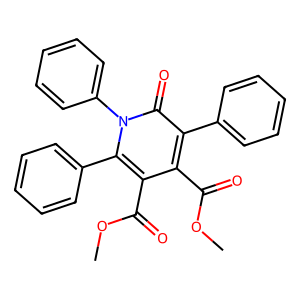
SMILES: COC(=O)c1c(C(=O)OC)c(-c2ccccc2)n(-c2ccccc2)c(=O)c1-c1ccccc1
Inhibits HIV replication: No